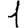
Digit: 1